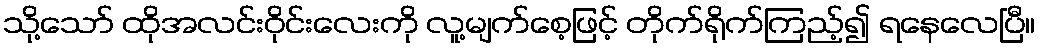
သို့သော် ထိုအလင်းဝိုင်းလေးကို လူ့မျက်စေ့ဖြင့် တိုက်ရိုက်ကြည့်၍ ရနေလေပြီ။